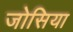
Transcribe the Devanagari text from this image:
जोसिया